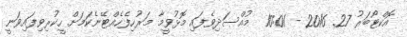
އޮކްޓޯބަރު 27